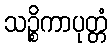
သဉ္စိကာပုတ္တံ